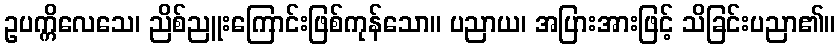
ဥပက္ကိလေသေ၊ ညိစ်ညူးကြောင်းဖြစ်ကုန်သော။ ပညာယ၊ အပြားအားဖြင့် သိခြင်းပညာ၏။